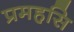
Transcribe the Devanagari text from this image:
प्रमहसि